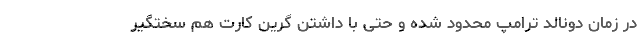
در زمان دونالد ترامپ محدود شده و حتی با داشتن گرین کارت هم سختگیر